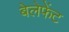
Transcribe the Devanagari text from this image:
बेलेफेंट